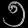
Digit: ၅